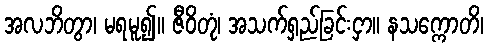
အလဘိတွာ၊ မရမူ၍။ ဇီဝိတုံ၊ အသက်ရှည်ခြင်းငှာ။ နသက္ကောတိ၊